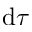
\mathrm { d } \tau